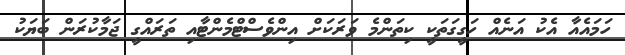
ހަމައެއާ އެކު އަނެއް ހަގީގަތަކީ ކިތަންމެ ވަރަކަށް އިންވެސްޓްމެންޓާއި ތަރައްގީ ޖަމާކުރަން ބަޔަކު